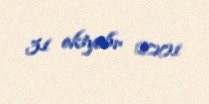
31 oktyabr 2001